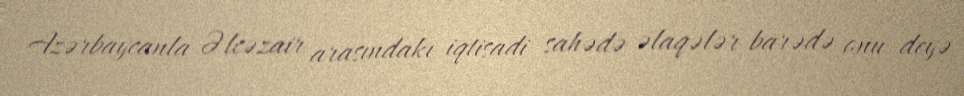
Azərbaycanla Əlcəzair arasındakı iqtisadi sahədə əlaqələr barədə onu deyə